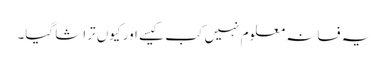
یہ فسانہ معلوم نہیں کب کیسے اور کیوں تراشا گیا۔